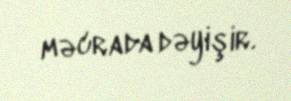
məcrada dəyişir.